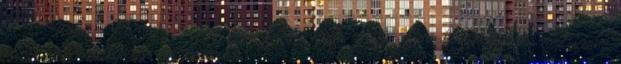
ha finomak s könnyen mozgékonyak, temperamentumos, szenvedélyes egyént mutatnak,